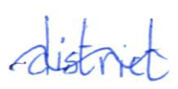
Text: district
Cross-out: wave
Writing tool: ballpoint